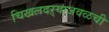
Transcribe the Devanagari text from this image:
चिखलदऱ्याजवळची